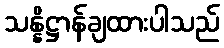
သန္နိဋ္ဌာန်ချထားပါသည်